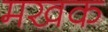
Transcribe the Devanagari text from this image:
मखक